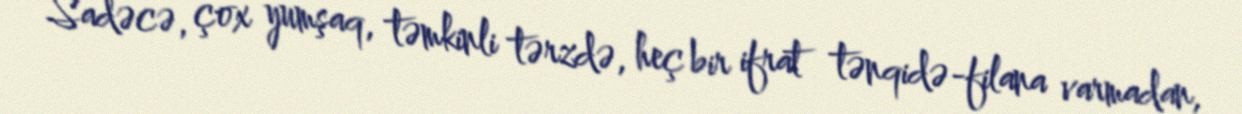
Sadəcə, çox yumşaq, təmkinli tərzdə, heç bir ifrat tənqidə-filana varmadan,